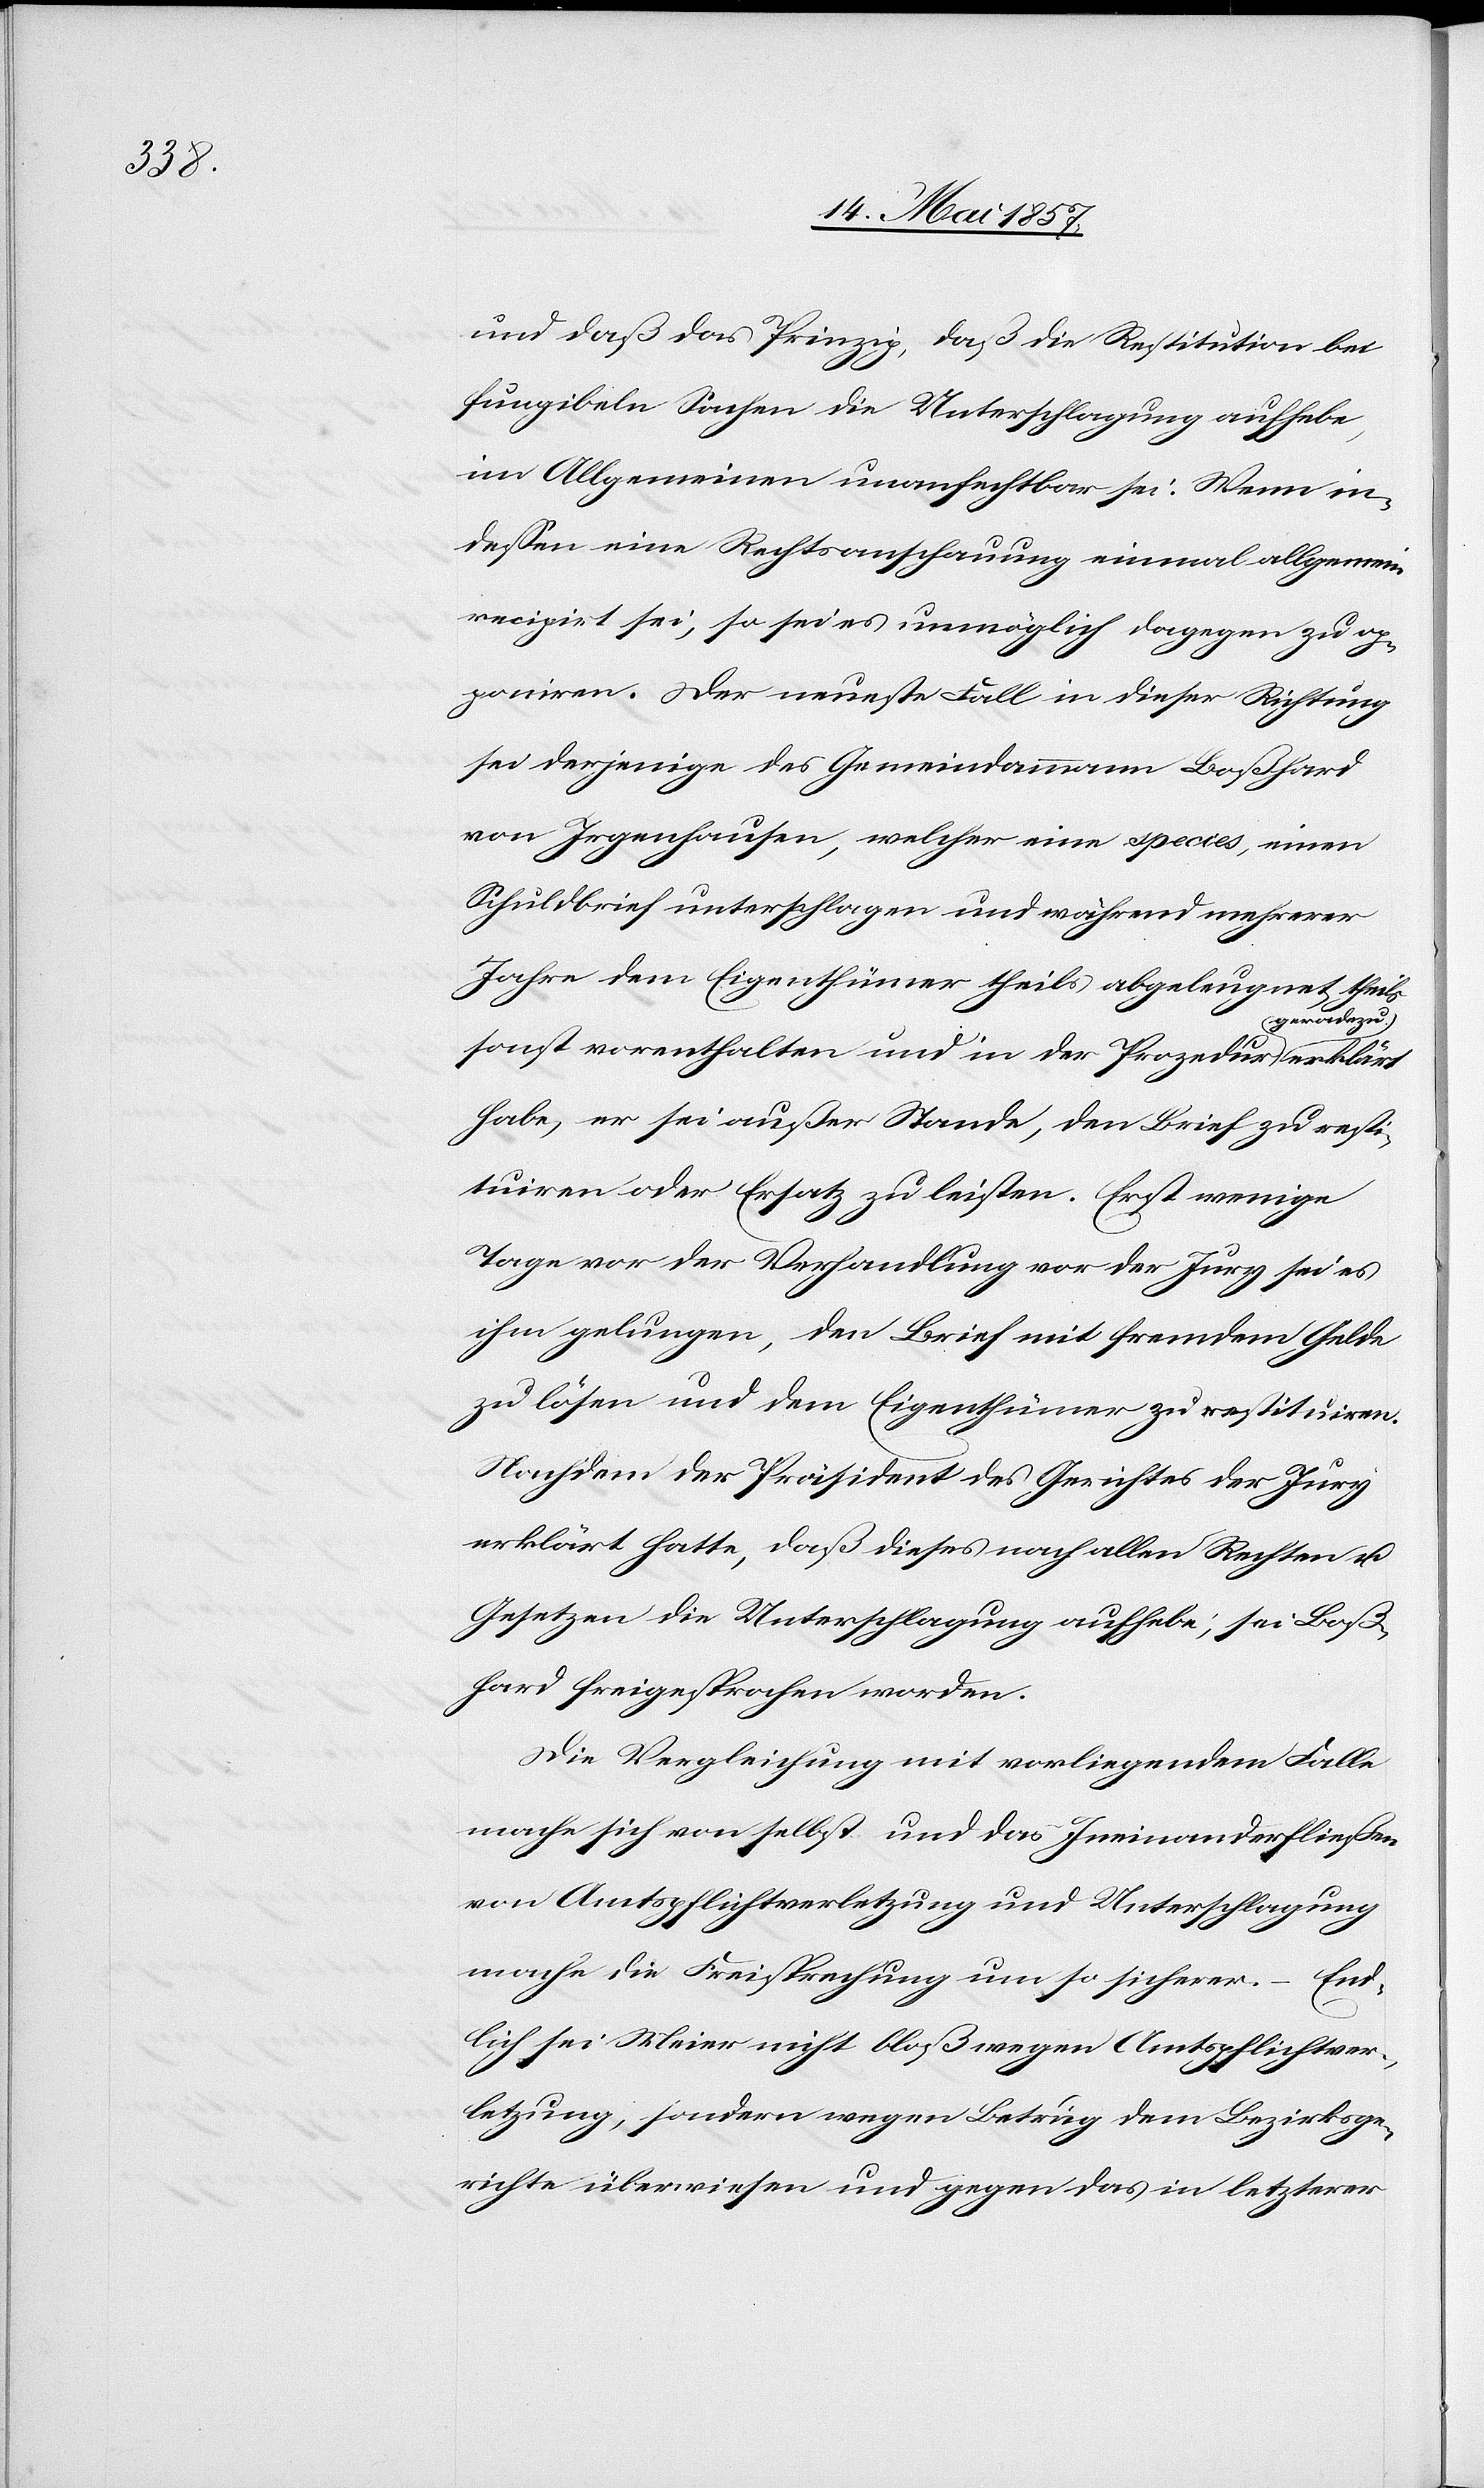
und daß das Prinzip, daß die Restitution bei
fungibeln Sachen die Unterschlagung aufhebe,
im Allgemeinen unanfechtbar sei. Wenn in¬
deßen eine Rechtsanschauung einmal allgemein
recipirt sei, so sei es unmöglich dagegen zu op¬
poniren. Der neueste Fall in dieser Richtung
sei derjenige des Gemeindammann Boßhard
von Irgenhausen, welcher eine species, einen
Schuldbrief unterschlagen und während mehrerer
Jahre dem Eigenthümer theils abgeleugnet theils
sonst vorenthalten und in der Prozedur geradezu
habe, er sei außer Stande, den Brief zu resti¬
tuiren oder Ersatz zu leisten. Erst wenige
Tage vor der Verhandlung vor der Jury sei es
ihm gelungen, den Brief mit fremdem Gelde
zu lösen und dem Eigenthümer zu restituiren.
Nachdem der Präsident des Gerichtes der Jury
erklärt hatte, daß dieses nach allen Rechten &
Gesetzen die Unterschlagung aufhebe, sei Boß¬
hard freigesprochen worden.
Die Vergleichung mit vorliegendem Falle
mache sich von selbst und das Ineinanderfließen
von Amtspflichtsverletzung und Unterschlagung
mache die Freisprechung um so sicherer. – End¬
lich sei Meier nicht bloß wegen Amtspflichtver¬
letzung , sondern wegen Betrug dem Bezirksge¬
richte überwiesen und gegen das in letzterer